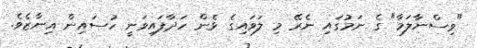
"ވިސްނާލަމާ" ގެ ނަމުގައި ނެރޭ މި ލަވައިގެ ޅެން ހަދާފައިވަނީ ހުސައިން އިނާޒެވެ.